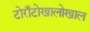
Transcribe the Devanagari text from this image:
टोराँटोखालोखाल